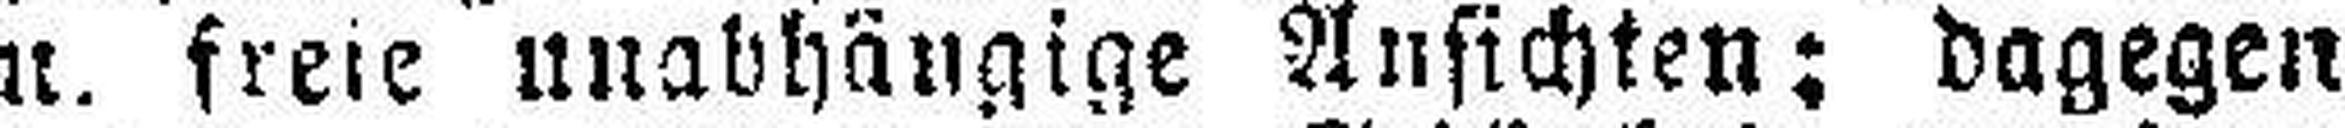
u. freie unabhängige Ansichten; dagegen